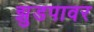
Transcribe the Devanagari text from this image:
झुडपावर